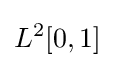
L^{2}[0,1]